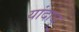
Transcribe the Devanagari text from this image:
यांदाधू